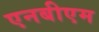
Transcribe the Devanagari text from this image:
एनबीएम